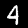
Label: 4